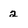
Character: 2